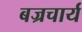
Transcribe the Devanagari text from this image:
बज्रचार्य